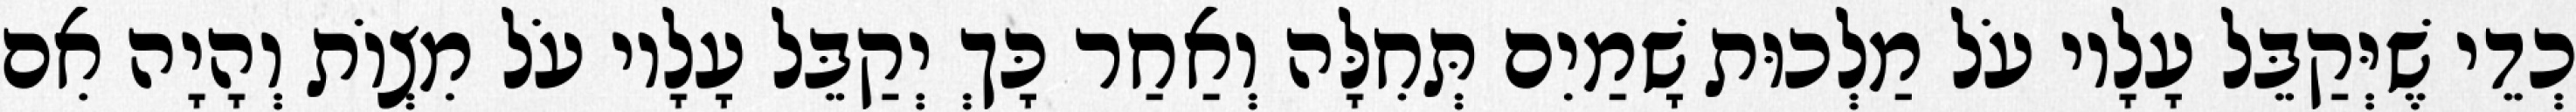
כְדֵי שֶׁיְּקַבֵּל עָלָיו עֹל מַלְכוּת שָׁמַיִם תְּחִלָּה וְאַחַר כָּךְ יְקַבֵּל עָלָיו עֹל מִצְוֹת וְהָיָה אִם